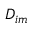
D _ { i m }